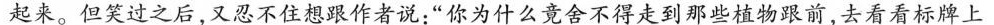
起来。但笑过之后，又忍不住想跟作者说：”你为什么竟舍不得走到那些植物跟前，去看看标牌上